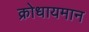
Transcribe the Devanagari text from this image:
क्रोधायमान